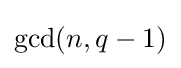
\mathrm {gcd} (n,q-1)